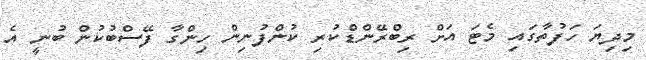
މިދިޔަ ހަފުތާގައި މެޓަ އަށް ރިބްރޭންޑްކުރި ކުންފުނިން ހިންގާ ފޭސްބުކުން ބުނީ އެ